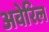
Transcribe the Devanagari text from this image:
अवेरिल